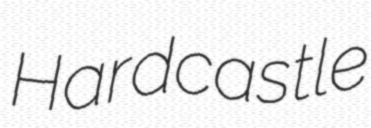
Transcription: Hardcastle